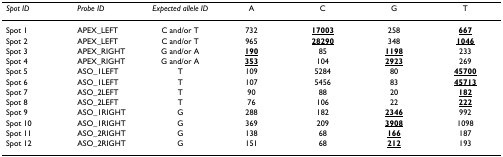
<table><thead><tr><td><b><i>Spot ID</i></b></td><td><b><i>Probe ID</i></b></td><td><b><i>Expected allele ID</i></b></td><td><b>A</b></td><td><b>C</b></td><td><b>G</b></td><td><b>T</b></td></tr></thead><tbody><tr><td>Spot 1</td><td>APEX_LEFT</td><td>C and/or T</td><td>732</td><td><b><underline>17003</underline></b></td><td>258</td><td><b><underline>667</underline></b></td></tr><tr><td>Spot 2</td><td>APEX_LEFT</td><td>C and/or T</td><td>965</td><td><b><underline>28290</underline></b></td><td>348</td><td><b><underline>1046</underline></b></td></tr><tr><td>Spot 3</td><td>APEX_RIGHT</td><td>G and/or A</td><td><b><underline>190</underline></b></td><td>85</td><td><b><underline>1198</underline></b></td><td>233</td></tr><tr><td>Spot 4</td><td>APEX_RIGHT</td><td>G and/or A</td><td><b><underline>353</underline></b></td><td>104</td><td><b><underline>2923</underline></b></td><td>269</td></tr><tr><td>Spot 5</td><td>ASO_1LEFT</td><td>T</td><td>109</td><td>5284</td><td>80</td><td><b><underline>45700</underline></b></td></tr><tr><td>Spot 6</td><td>ASO_1LEFT</td><td>T</td><td>107</td><td>5456</td><td>83</td><td><b><underline>45713</underline></b></td></tr><tr><td>Spot 7</td><td>ASO_2LEFT</td><td>T</td><td>90</td><td>88</td><td>20</td><td><b><underline>182</underline></b></td></tr><tr><td>Spot 8</td><td>ASO_2LEFT</td><td>T</td><td>76</td><td>106</td><td>22</td><td><b><underline>222</underline></b></td></tr><tr><td>Spot 9</td><td>ASO_1RIGHT</td><td>G</td><td>288</td><td>182</td><td><b><underline>2346</underline></b></td><td>992</td></tr><tr><td>Spot 10</td><td>ASO_1RIGHT</td><td>G</td><td>369</td><td>209</td><td><b><underline>3908</underline></b></td><td>1098</td></tr><tr><td>Spot 11</td><td>ASO_2RIGHT</td><td>G</td><td>138</td><td>68</td><td><b><underline>166</underline></b></td><td>187</td></tr><tr><td>Spot 12</td><td>ASO_2RIGHT</td><td>G</td><td>151</td><td>68</td><td><b><underline>212</underline></b></td><td>193</td></tr></tbody></table>